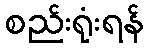
စည်းရုံးရန်